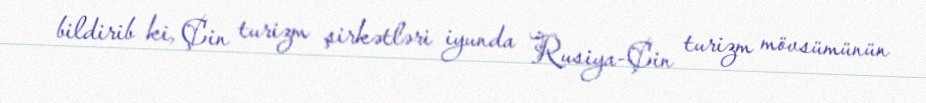
bildirib ki, Çin turizm şirkətləri iyunda Rusiya-Çin turizm mövsümünün